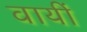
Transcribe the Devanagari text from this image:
वायीं